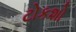
ટોકશો